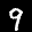
Label: 9